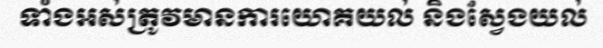
ទាំងអស់ត្រូវមានការយោគយល់ និងស្វែងយល់